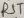
Text: RST